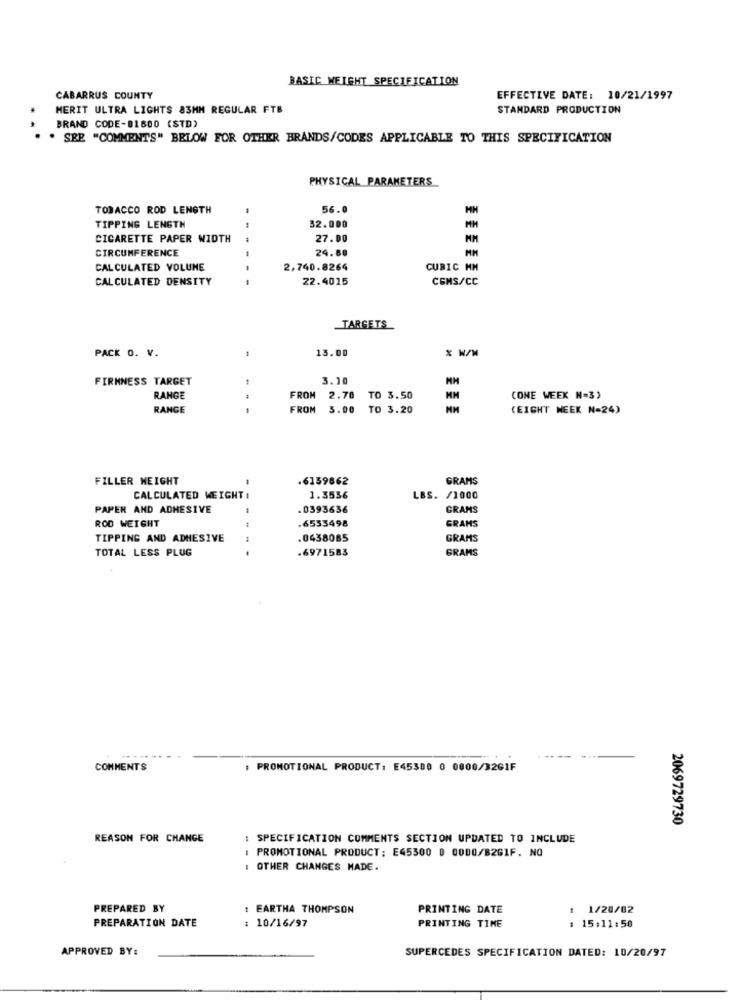
BASIC WEIGHT SPECIFICATION
CABARRUS COUNTY
EFFECTIVE DATE: 10/21/1997
MERIT ULTRA LIGHTS 83MM REGULAR FTB
STANDARD PRODUCTION
BRAND CODE-01800 (STD)
. SEE "COMMENTS" BELOW FOR OTHER BRANDS/CODES APPLICABLE TO THIS SPECIFICATION
PHYSICAL PARAMETERS
TOBACCO ROD LENGTH
56.0
MH
TIPPING LENGTH
32.000
MH
CIGARETTE PAPER WIDTH
27.00
CIRCUMFERENCE
MM
24.80
CALCULATED VOLUME
2,740.8264
CUBIC MM
CALCULATED DENSITY
- - -
22.4015
CEMS/CC
TARGETS
13.00
* W/M
PACK O. V.
FIRMNESS TARGET
3.20
RANGE
FROM
2.70
TO 3.50
(ONE WEEK N=3)
RANGE
FROM
3.00
TO 3.20
(EIGHT WEEK N=24)
FILLER HEIGHT
.6159862
GRAMS
CALCULATED WEIGHT :
1.3536
LBS. /1000
PAPER AND ADHESIVE
. 0393636
GRAMS
ROD WEIGHT
.6533498
GRAMS
TIPPING AND ADHESIVE
.0438085
GRAMS
TOTAL LESS PLUG
.
.6971583
GRAMS
....
COMMENTS
: PROMOTIONAL PRODUCT: E45300 0 0000/3261F
2069729730
REASON FOR CHANGE
: SPECIFICATION COMMENTS SECTION UPDATED TO INCLUDE
: PROMOTIONAL PRODUCT: E45300 0 0000/B2GIF. NO
: OTHER CHANGES MADE.
PREPARED BY
1 EARTHA THOMPSON
PRINTING DATE
1 1/20/02
PREPARATION DATE
: 10/16/97
PRINTING TIME
: 15:11:50
APPROVED BY:
SUPERCEDES SPECIFICATION DATED: 10/20/97